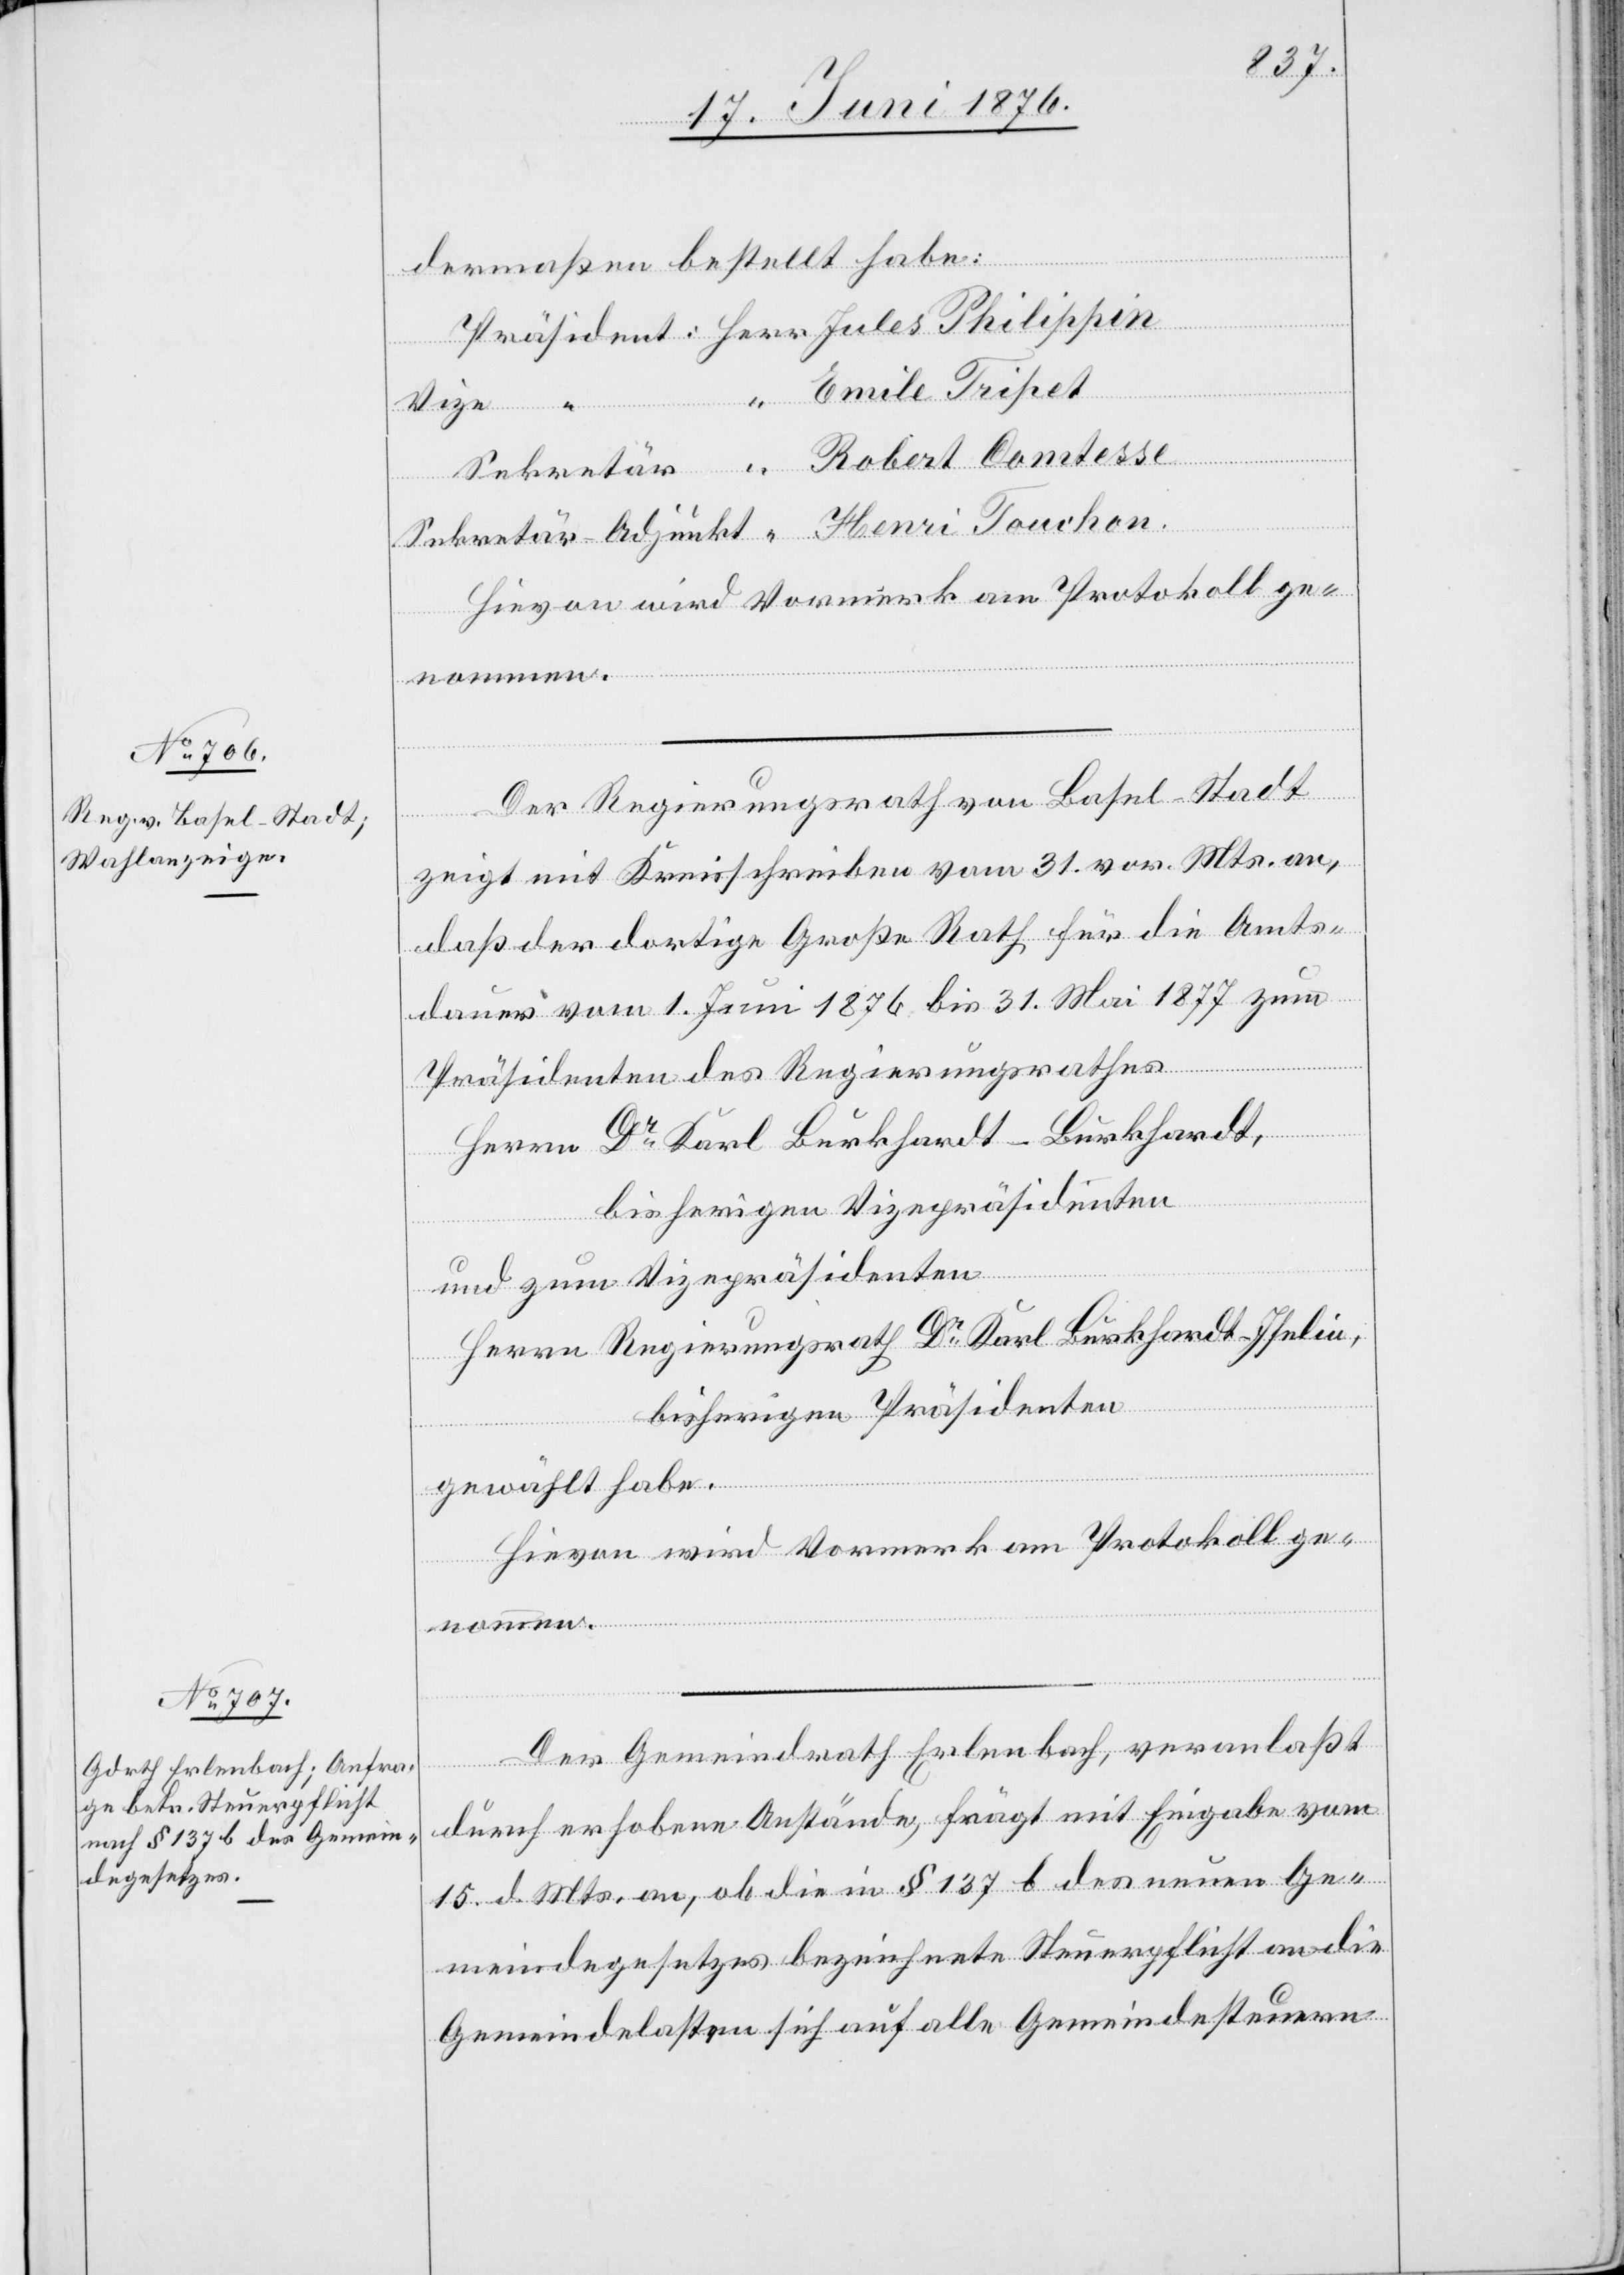
Henri
dermaßen bestellt habe:
Vize
Com¬
Hievon wird Vormerk am Protokoll ge¬
nommen.
Der Regierungsrath von Basel-Stadt
zeigt mit Kreisschreiben vom 31. vor. Mts. an,
daß der dortige Große Rath für die Amts¬
dauer vom 1. Juni 1876 bis 31. Mai 1877 zum
Präsidenten des Regierungsrathes
Herrn Dr Karl Burckhardt-Burckhardt,
bisherigen Vizepräsidenten
und zum Vizepräsidenten
Herrn Regierungsrath Dr Karl Burckhardt-Iselin,
bisherigen Präsidenten
gewählt habe.
Hievon wird Vormerk am Protokoll ge¬
tesse
Der Gemeindrath Erlenbach, veranlaßt
durch erhobene Anstände, frägt mit Eingabe vom
15. d. Mts. an, ob die in § 137 b des neuen Ge¬
meindegesetzes bezeichnete Steuerpflicht an die
Gemeindelasten sich auf alle Gemeindesteuern